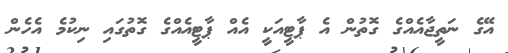
އޭގެ ނަތީޖާއެއްގެ ގޮތުން އެ ޕާޓީއަކީ އެއް ޕާޓީއެއްގެ ގޮތުގައި ނިކުމެ އެހެން